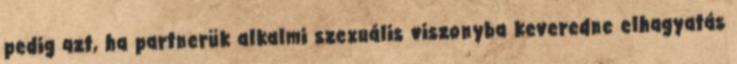
pedig azt, ha partnerük alkalmi szexuális viszonyba keveredne elhagyatás